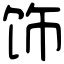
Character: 饰